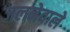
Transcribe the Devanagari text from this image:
जलनेवाले